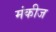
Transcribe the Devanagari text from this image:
मंकीज